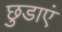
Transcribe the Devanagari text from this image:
छुडाएं